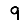
Digit: 9